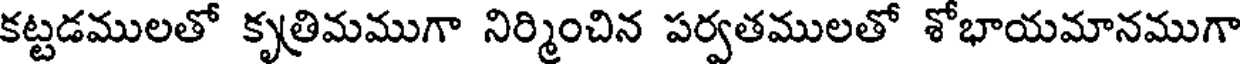
కట్టడములతో కృత్రిమముగా నిర్మించిన పర్వతములతో శోభాయమానముగా